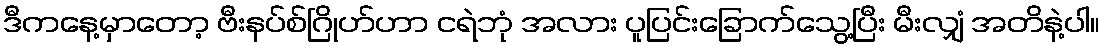
ဒီကနေ့မှာတော့ ဗီးနပ်စ်ဂြိုဟ်ဟာ ငရဲဘုံ အလား ပူပြင်းခြောက်သွေ့ပြီး မီးလျှံ အတိနဲ့ပါ။